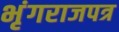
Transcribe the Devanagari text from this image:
भृंगराजपत्र